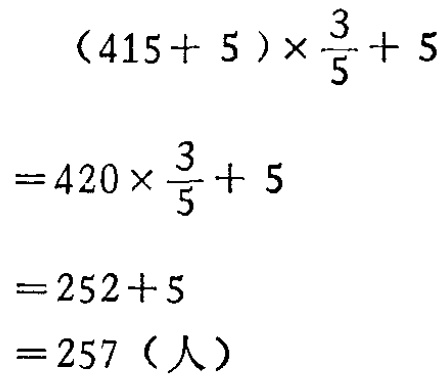
\[

\begin{align*}

&(415 + 5)\times\frac{3}{5}+ 5\\

=&420\times\frac{3}{5}+ 5\\

=&252 + 5\\

=&257 (\text{人})

\end{align*}

\]